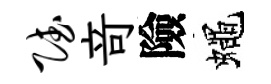
赋竒險蠅